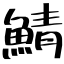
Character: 鯖